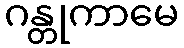
ဂန္တုကာမေ